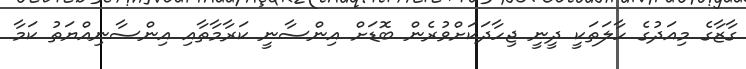
ގާޒާގެ މިއަދުގެ ހާލަތަކީ ދީނީ ޖިހާދަކަށްވުރެން ބޮޑަށް އިންސާނީ ކަރާމާތާއި އިންސާނިއްޔަތު ކަމާ